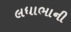
લધાભાની